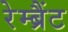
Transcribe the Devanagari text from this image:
रेम्ब्रैंट